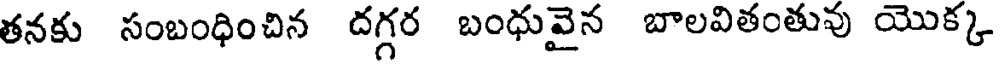
తనకు సంబంధించిన దగ్గర బంధువైన బాలవితంతువు యొక్క